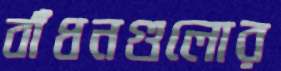
বাঁধনগুলোর